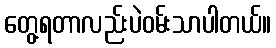
တွေ့ရတာလည်းပဲဝမ်းသာပါတယ်။